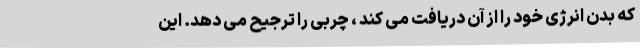
که بدن انرژی خود را از آن دریافت می کند ، چربی را ترجیح می دهد. این